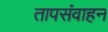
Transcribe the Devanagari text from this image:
तापसंवाहन